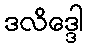
ဒလိဒ္ဒေါ